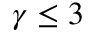
\gamma \leq 3